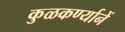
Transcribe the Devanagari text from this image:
कुळकर्ण्यानें